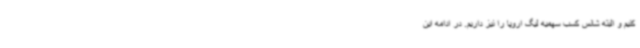
کنیم و البته شانس کسب سهمیه لیگ اروپا را نیز داریم. در ادامه این